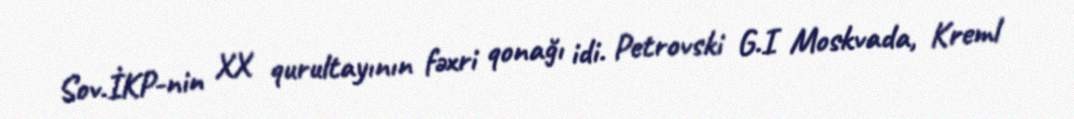
Sov.İKP-nin XX qurultayının fəxri qonağı idi. Petrovski G.I Moskvada, Kreml